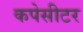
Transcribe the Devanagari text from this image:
कपेसीटर